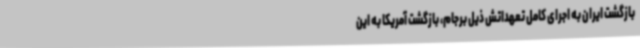
بازگشت ایران به اجرای کامل تعهداتش ذیل برجام، بازگشت آمریکا به این